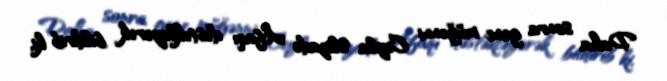
Daha sonra gənc müğənni Ceyla Əlizadə Afaqı dəstəkləyərək bildirib ki,